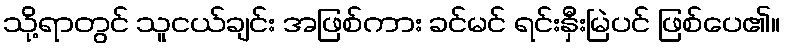
သို့ရာတွင် သူငယ်ချင်း အဖြစ်ကား ခင်မင် ရင်းနှီးမြဲပင် ဖြစ်ပေ၏။